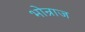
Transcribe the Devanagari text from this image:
भोन्राज